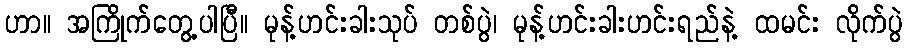
ဟာ။ အကြိုက်တွေ့ပါပြီ။ မုန့်ဟင်းခါးသုပ် တစ်ပွဲ၊ မုန့်ဟင်းခါးဟင်းရည်နဲ့ ထမင်း လိုက်ပွဲ